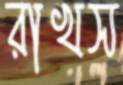
রাখস